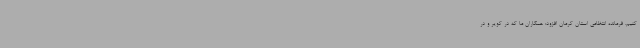
کنیم. فرمانده انتظامی استان کرمان افزود: همکاران ما که در کویر و در